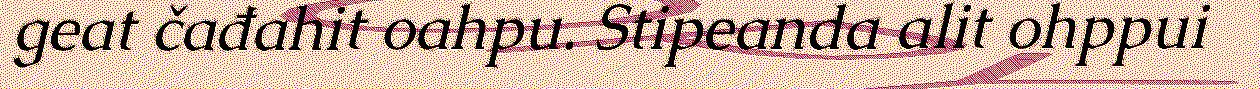
geat čađahit oahpu. Stipeanda alit ohppui